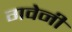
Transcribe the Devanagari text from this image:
गवेनी